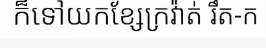
ក៏ទៅយកខ្សែក្រវ៉ាត់ រឹត-ក